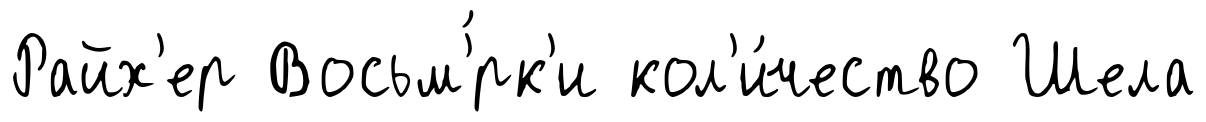
Райх'ер Восьм'́рк'и кол'и́чество Шела